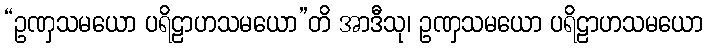
“ဥဏှသမယော ပရိဠာဟသမယော”တိ အာဒီသု၊ ဥဏှသမယော ပရိဠာဟသမယော